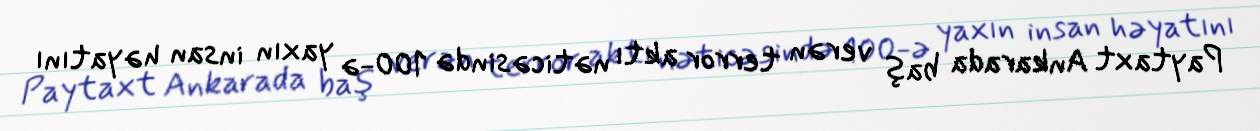
Paytaxt Ankarada baş verən terror aktı nəticəsində 100-ə yaxın insan həyatını